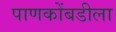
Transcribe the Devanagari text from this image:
पाणकोंबडीला